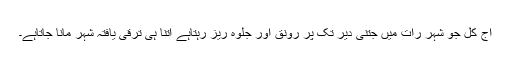
آج کل جو شہر رات میں جتنی دیر تک پر رونق اور جلوہ ریز رہتاہے اتنا ہی ترقی یافتہ شہر مانا جاتاہے۔